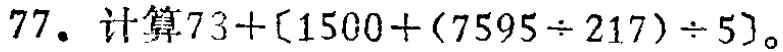
$77. \text{ 计算}73+[1500+(7595\div 217)\div 5]。$